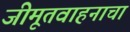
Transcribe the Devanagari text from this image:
जीमूतवाहनाचा